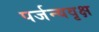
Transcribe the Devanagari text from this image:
पर्जन्यवृक्ष